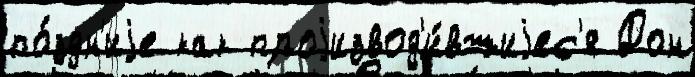
по́здн'иjе как проjизвод'и́вшиjес'я Дон